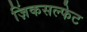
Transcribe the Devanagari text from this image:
ज़िंकसल्फेट